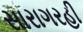
સારાગરહી